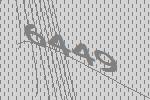
6449